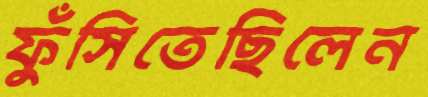
ফুঁসিতেছিলেন